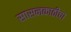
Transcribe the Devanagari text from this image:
सासनकाठीचा